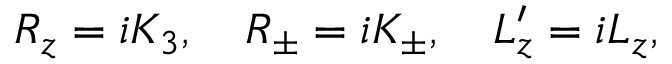
R _ { z } = i K _ { 3 } , \quad R _ { \pm } = i K _ { \pm } , \quad L _ { z } ^ { \prime } = i L _ { z } ,